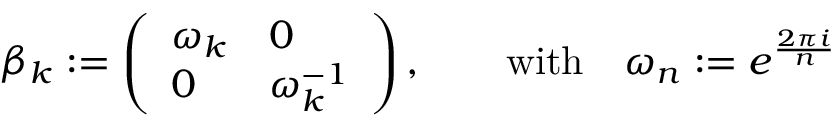
\beta _ { k } : = \left( \begin{array} { l l } { { \omega _ { k } } } & { { 0 } } \\ { { 0 } } & { { \omega _ { k } ^ { - 1 } } } \end{array} \right) , \qquad \mathrm { w i t h } \quad \omega _ { n } : = e ^ { \frac { 2 \pi i } { n } }